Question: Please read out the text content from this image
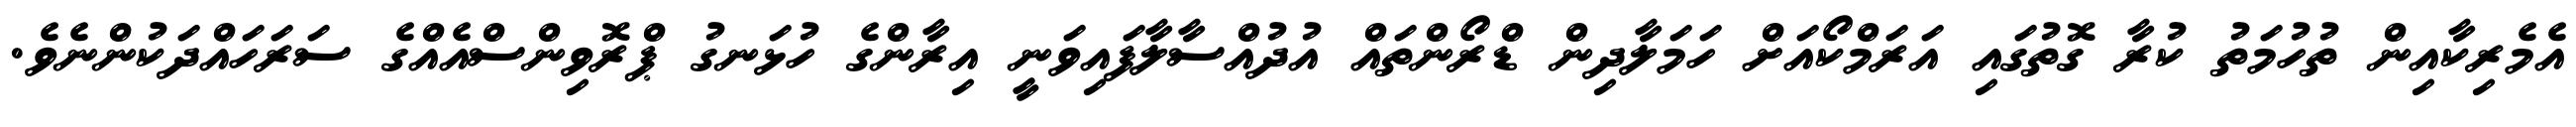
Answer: އެމެރިކާއިން ތުހުމަތު ކުރާ ގޮތުގައި އަރަމްކޯއަށް ހަމަލާދިން ޑްރޯންތައް އުދުއްސާލާފައިވަނީ އިރާންގެ ހުޅަނގު ޕްރޮވިންސްއެއްގެ ސަރަހައްދަކުންނެވެ.